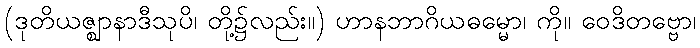
(ဒုတိယဇ္ဈာနာဒီသုပိ၊ တို့၌လည်း။) ဟာနဘာဂိယဓမ္မော၊ ကို။ ဝေဒိတဗ္ဗော၊